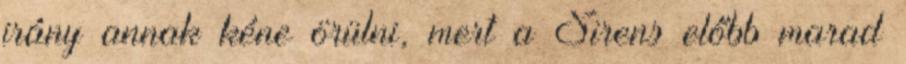
irány annak kéne örülni, mert a Sirens előbb marad